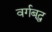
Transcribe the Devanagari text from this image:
वर्गबद्ध